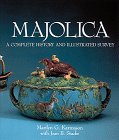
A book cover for Majolica: A Complete History & Illustrated Survey; Joan B. Stacke; Crafts, Hobbies & Home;